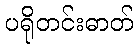
ပရိုတင်းဓာတ်